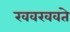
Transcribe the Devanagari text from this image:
खवखवते